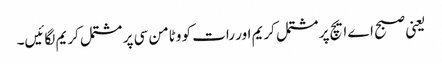
یعنی صبح اے ایچ پر مشتمل کریم اور رات کو وٹامن سی پر مشتمل کریم لگائیں۔